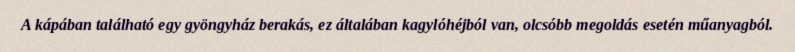
A kápában található egy gyöngyház berakás, ez általában kagylóhéjból van, olcsóbb megoldás esetén műanyagból.